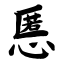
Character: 慝